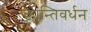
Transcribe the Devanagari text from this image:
कान्तिवर्धन